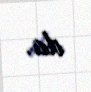
da.